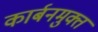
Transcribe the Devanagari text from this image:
कार्बनमुक्त